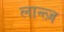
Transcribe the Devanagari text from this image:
लान्त्ज़